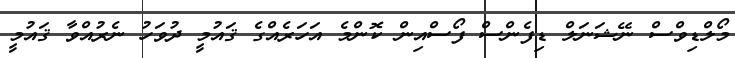
މޯލްޑިވްސް ނޭޝަނަލް ޑިފެންސް ފޯސްއިން ކޮންމެ އަހަރެއްގެ ޤައުމީ ދުވަހު ނެރުއްވާ ޤައުމީ